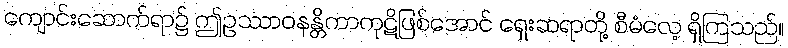
ကျောင်းဆောက်ရာ၌ ဤဥဿာဝနန္တိကာကုဋိဖြစ်အောင် ရှေးဆရာတို့ စီမံလေ့ ရှိကြသည်။